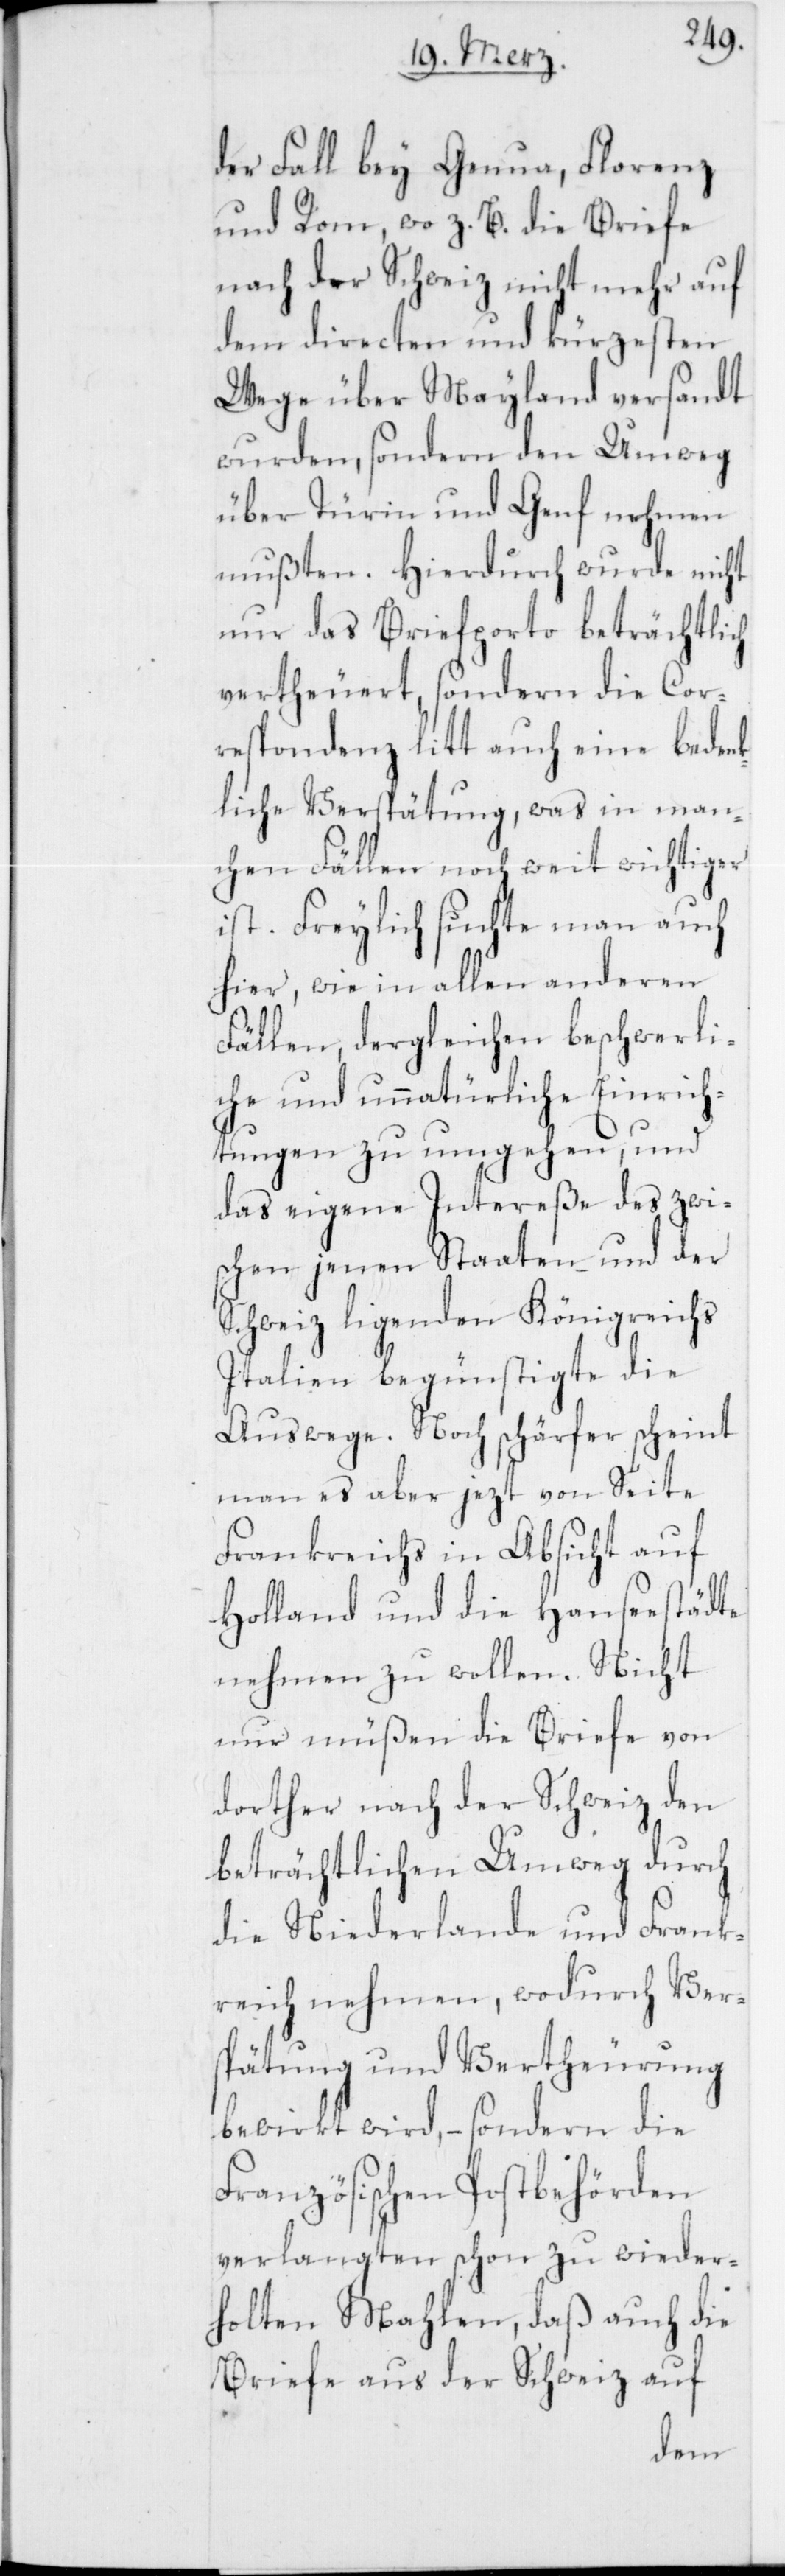
der Fall bey Genua, Florenz
und Rom, wo z. B. die Briefe
nach der Schweiz nicht mehr auf
dem directen und kürzesten
Wege über Mayland versandt
wurden, sondern den Umweg
über Turin und Genf nehmen
mußten. Hierdurch wurde nicht
nur das Briefporto beträchtlich
vertheuert, sondern die Cor¬
respondenz litt auch eine bedenk¬
liche Verspätung, was in man¬
chen Fällen noch weit wichtiger
ist. Freylich suchte man auch
hier, wie in allen anderen
Fällen, dergleichen beschwerli¬
che und unnatürliche Einrich¬
tungen zu umgehen, und
das eigene Intereße des zwi¬
schen jenen Staaten und der
Schweiz ligenden Königreichs
Italien begünstigte die
Auswege. Noch schärfer scheint
man es aber jezt von Seite
Frankreichs in Absicht auf
Holland und die Hanseestädte
nehmen zu wollen. Nicht
nur müßen die Briefe von
dorther nach der Schweiz den
beträchtlichen Umweg durch
die Niederlande und Frank¬
reich nehmen, wodurch Ver¬
spätung und Vertheurung
bewirkt wird, – sondern die
Französischen Postbehörden
verlangten schon zu wieder¬
holten Mahlen, daß auch die
Briefe aus der Schweiz auf